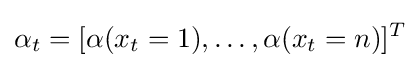
\mathbf {\alpha } _{t}=[\alpha (x_{t}=1),\ldots ,\alpha (x_{t}=n)]^{T}